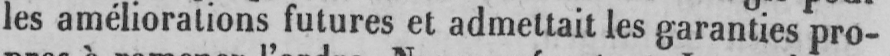
les améliorations futures et admettait les garanties pro-